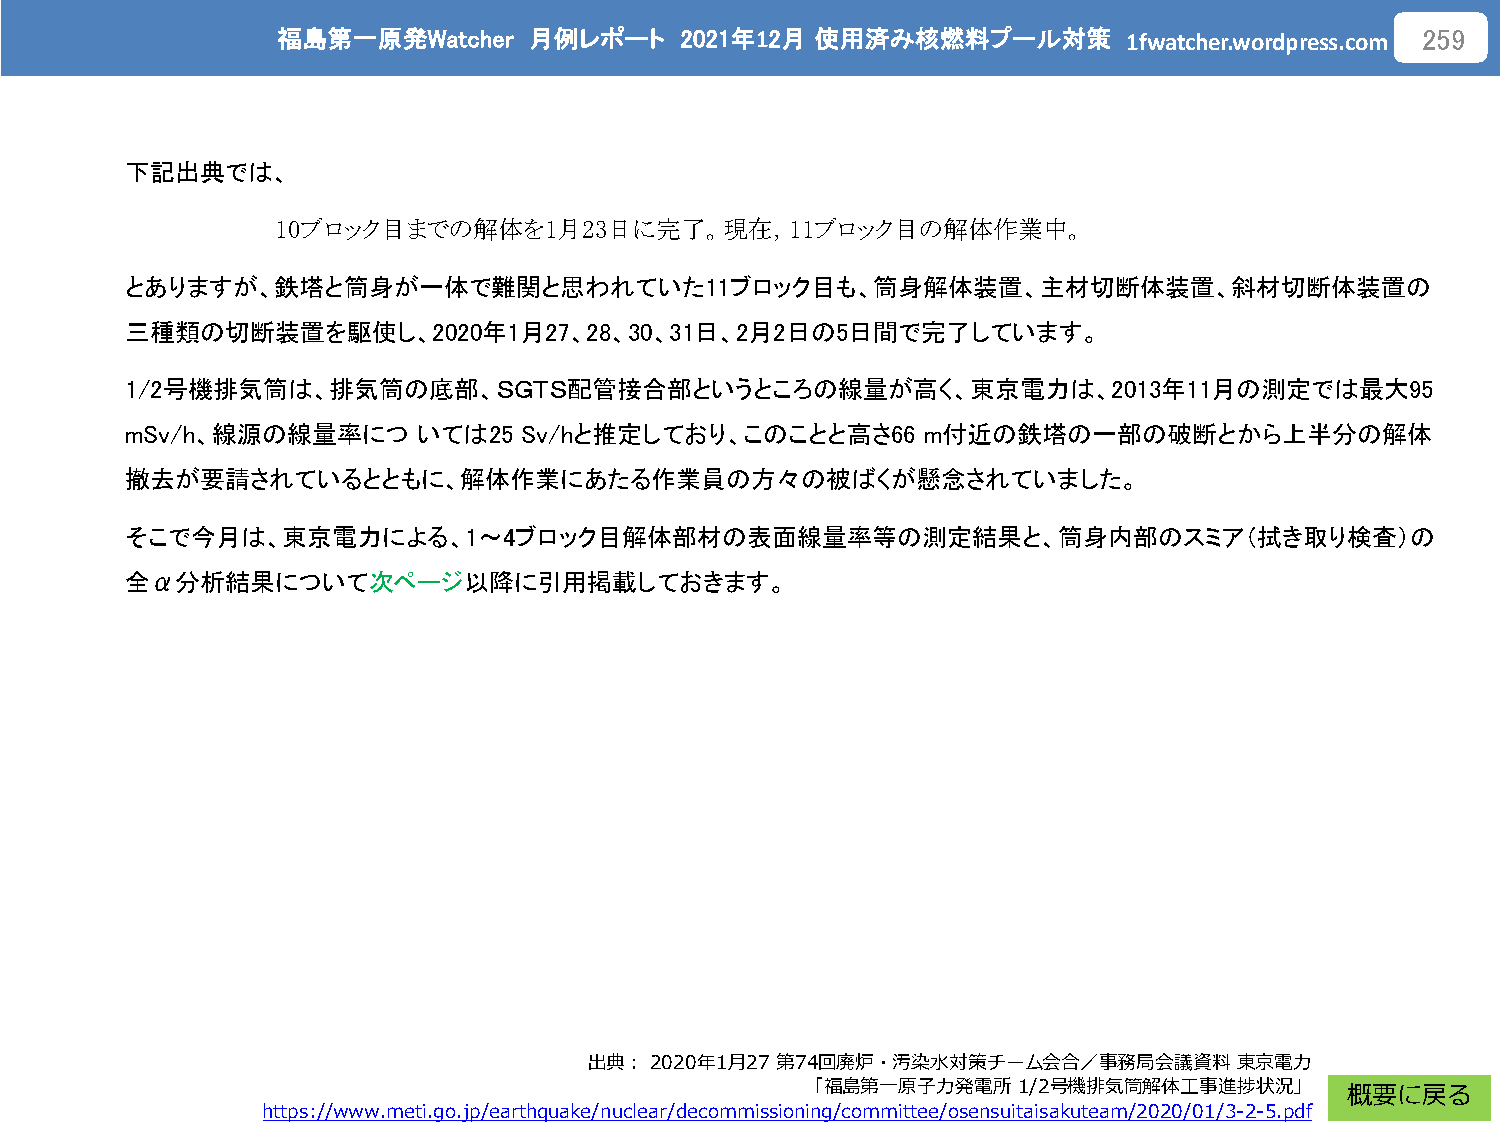
福島第一原発Watcher    月例レポート    2021年12月 使用済み核燃料プール対策
 1fwatcher.wordpress.com
 259
 下記出典では、
 10ブロック目までの解体を1月23日に完了。現在，11ブロック目の解体作業中。
 とありますが、鉄塔と筒身が一体で難関と思われていた11ブロック目も、筒身解体装置、主材切断体装置、斜材切断体装置の
 三種類の切断装置を駆使し、2020年1月27、28、30、31日、2月2日の5日間で完了しています。
 1/2号機排気筒は、排気筒の底部、ＳＧＴＳ配管接合部というところの線量が高く、東京電力は、2013年11月の測定では最大95
 mSv/h、線源の線量率につ      いては25 Sv/hと推定しており、このことと高さ66      m付近の鉄塔の一部の破断とから上半分の解体
 撤去が要請されているとともに、解体作業にあたる作業員の方々の被ばくが懸念されていました。
 そこで今月は、東京電力による、1～4ブロック目解体部材の表面線量率等の測定結果と、筒身内部のスミア（拭き取り検査）の
 全α分析結果について次ページ以降に引用掲載しておきます。
 出典：2020年1月27 第74回廃炉・汚染水対策チーム会合／事務局会議資料     東京電力
 「福島第一原子力発電所1/2号機排気筒解体工事進捗状況」
 概要に戻る
 https://www.meti.go.jp/earthquake/nuclear/decommissioning/committee/osensuitaisakuteam/2020/01/3-2-5.pdf